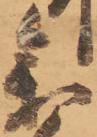
参